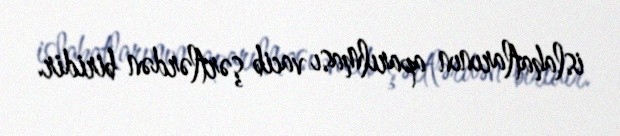
islahatlarının aparılması vacib şərtlərdən biridir.